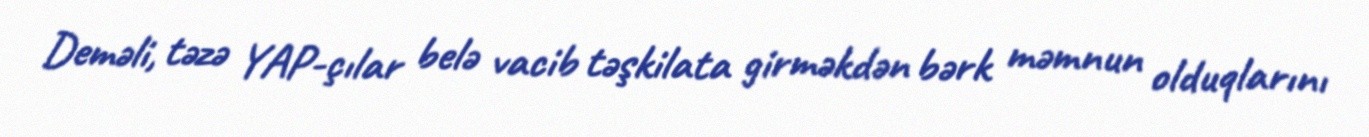
Deməli, təzə YAP-çılar belə vacib təşkilata girməkdən bərk məmnun olduqlarını